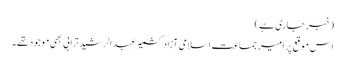
(خبر جاری ہے)
اس موقع پر امیر جماعت اسلامی آزاد کشمیر عبدالرشید ترابی بھی موجود تھے ۔